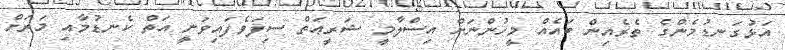
އަޅުގަނޑުމެންގެ ތެރެއިން ބައެއް މީހުންނަށް އިސްލާމީ ޝަރީޢަތް ސިފަވެފައިވަނީ އަތް ކެނޑުމާއި މަރަށް